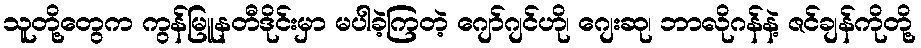
သူတို့တွေက ကွန်မြူနတီဒိုင်းမှာ မပါခဲ့ကြတဲ့ ဂျော်ဂျင်ဟို၊ ဂျေးဆု၊ ဘာလိုဂန်နဲ့ ဇင်ချန်ကိုတို့